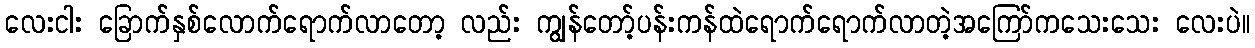
လေးငါး ခြောက်နှစ်လောက်ရောက်လာတော့ လည်း ကျွန်တော့်ပန်းကန်ထဲရောက်ရောက်လာတဲ့အကြော်ကသေးသေး လေးပဲ။